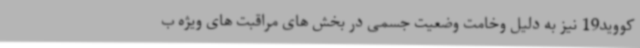
کووید19 نیز به دلیل وخامت وضعیت جسمی در بخش های مراقبت های ویژه ب